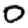
Digit: 0